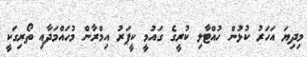
މިދިޔަ އަހަރު ކުޅުން ހުއްޓާލި ކުރީގެ ގައުމީ ކީޕަރު އިމްރާން މުހައްމަދާއި ތޯރިގަކީ